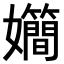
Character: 𪦴